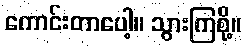
ကောင်းတာပေါ့။ သွားကြစို့။